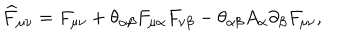
LaTeX: \widehat { F } _ { \mu \nu } = F _ { \mu \nu } + \theta _ { \alpha \beta } F _ { \mu \alpha } F _ { \nu \beta } - \theta _ { \alpha \beta } A _ { \alpha } \partial _ { \beta } F _ { \mu \nu } ,